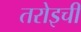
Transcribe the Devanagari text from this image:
तरोइची